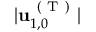
\vert \mathbf { u } _ { 1 , 0 } ^ { \mathrm { ~ ( ~ T ~ ) ~ } } \vert